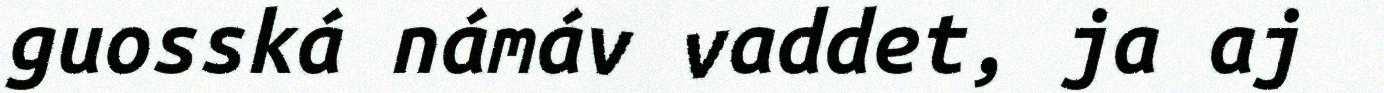
guosská námáv vaddet, ja aj